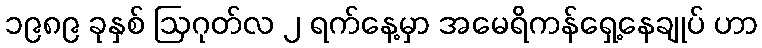
၁၉၈၉ ခုနှစ် ဩဂုတ်လ ၂ ရက်နေ့မှာ အမေရိကန်ရှေ့နေချုပ် ဟာ